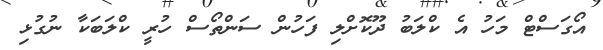
އޯގަސްޓް މަހު އެ ކްލަބު ދޫކޮށްލި ފަހުން ސަންތޯސް ހުރީ ކްލަބަކާ ނުގުޅި